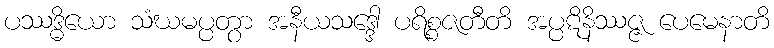
ပဿဒ္ဓိယော သံဃမပ္ပတွာ အနီယသဒ္ဒေါ ပရိစ္စဇတီတိ အပ္ပဋိနိဿဇ္ဇ ပေမေနာတိ